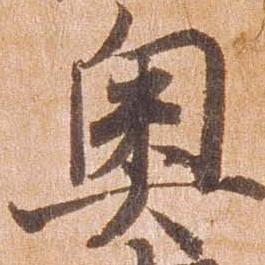
奥